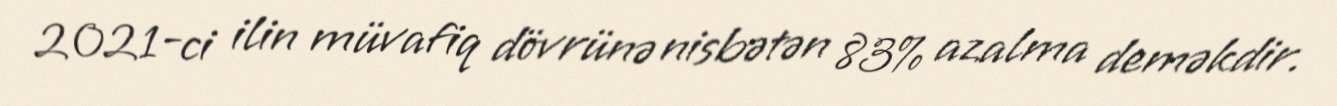
2021-ci ilin müvafiq dövrünə nisbətən 83% azalma deməkdir.